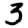
Digit: 3